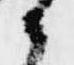
候